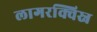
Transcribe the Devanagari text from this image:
लागरक्विस्न